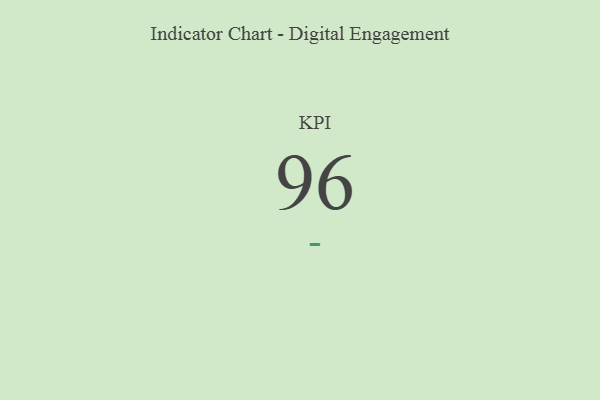
{"axis": {"x": "KPI", "y": "Value"}, "legend": [""], "data": [{"x": "KPI", "y": 96, "type": ""}]}